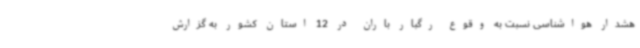
هشدار هواشناسی نسبت به وقوع رگبار باران در 12 استان کشور به گزارش